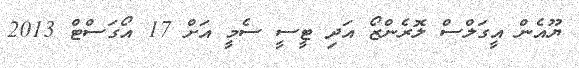
ޔޫއެން އީގަލްސް ލޮރެންޒޯ އަދި ޓީސީ ސެމީ އަށް 17 އޯގަސްޓް 2013